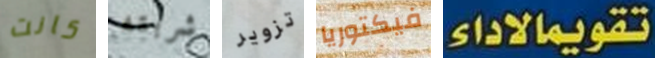
كانت شربته تزوير فيكتوريا تقويمالاداء